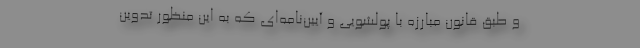
و طبق قانون مبارزه با پولشویی و آیین‌نامه‌ای که به این منظور تدوین